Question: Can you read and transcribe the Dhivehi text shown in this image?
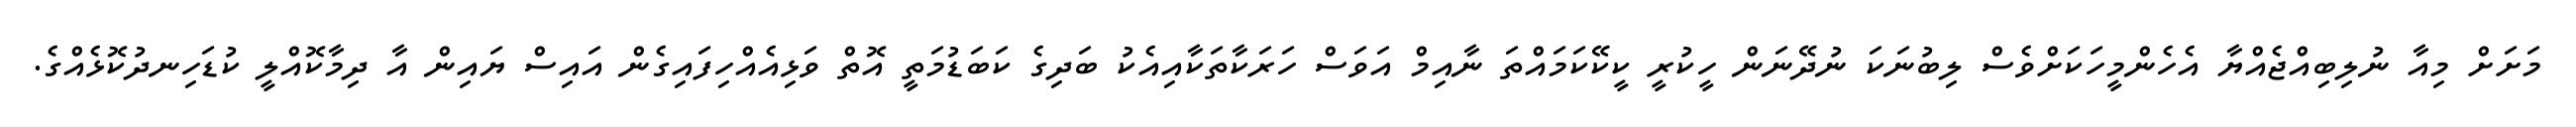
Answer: މަށަށް މިއާ ނުލިބިއްޖެއްޔާ އެހެންމީހަކަށްވެސް ލިބުނަކަ ނުދޭނަން ހީކުރީ ކީކޭކަމައްތަ ނާއިމް އަވަސް ހަރަކާތަކާއިއެކު ބަދިގެ ކަބަޑުމަތީ އޮތް ވަޅިއެއްހިފައިގެން އައިސް ޔައިން އާ ދިމާކޮއްލީ ކުޑަހިނދުކޮޅެއްގެ.